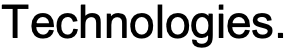
Technologies.